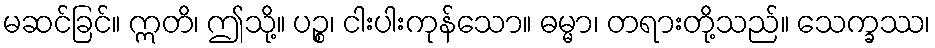
မဆင်ခြင်။ ဣတိ၊ ဤသို့။ ပဉ္စ၊ ငါးပါးကုန်သော။ ဓမ္မာ၊ တရားတို့သည်။ သေက္ခဿ၊